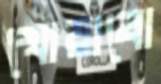
খোয়াবো